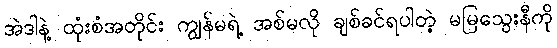
အဲဒါနဲ့ ထုံးစံအတိုင်း ကျွန်မရဲ့ အစ်မလို ချစ်ခင်ရပါတဲ့ မမြသွေးနီကို